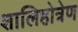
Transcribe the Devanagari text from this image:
शालिहोत्रेण